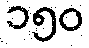
၁၅၀